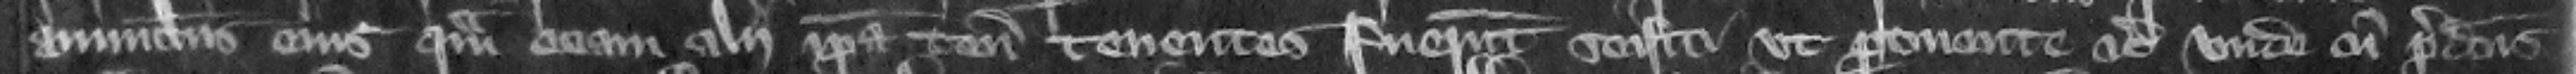
auunculus eius quam eciam alii ipsa tenementa tenentes fuerunt seisiti vt pertinente etc. Vnde cum predictus